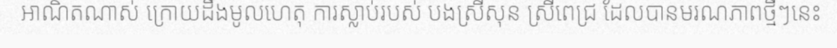
អាណិតណាស់ ក្រោយដឹងមូលហេតុ ការស្លាប់របស់ បងស្រីសុន ស្រីពេជ្រ ដែលបានមរណភាពថ្មីៗនេះ